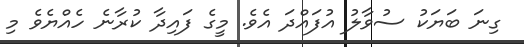
ގިނަ ބަޔަކު ސުވާލު އުފައްދަ އެވެ. މީގެ ފައިދާ ކުރާނެ ހެއްޔެވެ މި